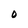
Character: o